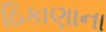
ઠિકાણાના